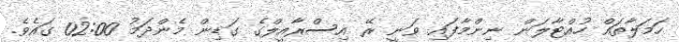
ހަމަލާތައް ހުއްޓާލަން ނިންމާފައި ވަނީ ރޭ އިސްރާއީލްގެ ގަޑިން މެންދަމު 02:00 ގައެވެ.